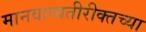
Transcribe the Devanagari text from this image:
मानवाव्यतीरीक्तच्या